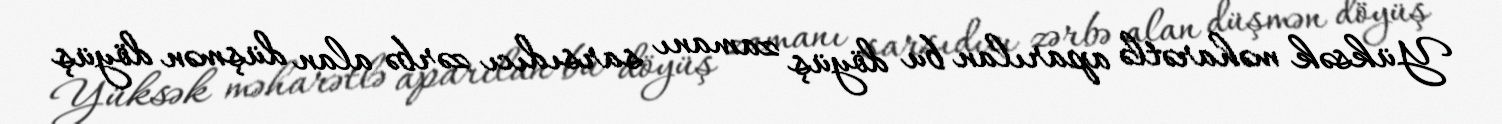
Yüksək məharətlə aparılan bu döyüş zamanı sarsıdıcı zərbə alan düşmən döyüş